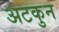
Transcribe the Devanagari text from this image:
अटकुन